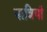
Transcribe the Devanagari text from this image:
यात्रियाँ